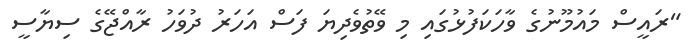
"ރައީސް މައުމޫނުގެ ވާހަކަފުޅުގައި މި ވޭތުވެދިޔަ ފަސް އަހަރު ދުވަހު ރާއްޖޭގެ ސިޔާސީ